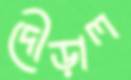
দৌড়াল